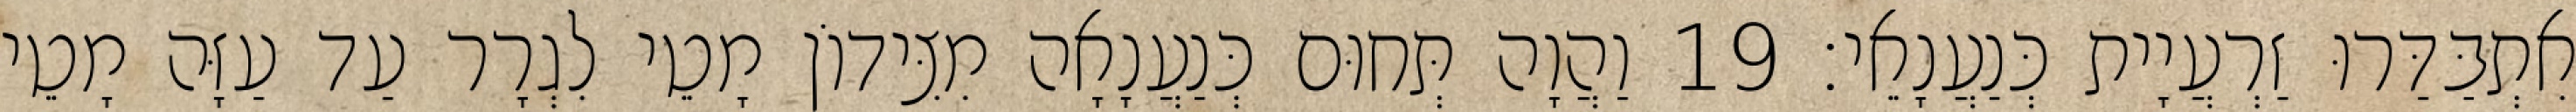
אִתְבַּדַּרוּ זַרְעֲיָית כְּנַעֲנָאֵי׃ 19 וַהֲוָה תְּחוּם כְּנַעֲנָאָה מִצִּידוֹן מָטֵי לִגְרָר עַד עַזָּה מָטֵי